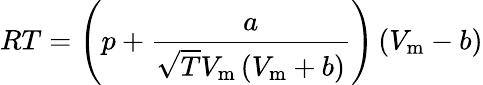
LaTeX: RT=\left(p+{\frac{a}{{\sqrt{T}}V_{\mathrm{m}}\left(V_{\mathrm{m}}+b\right)}}\right)\left(V_{\mathrm{m}}-b\right)